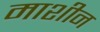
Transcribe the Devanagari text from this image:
माशीन